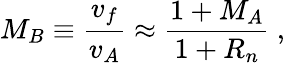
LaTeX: M_{B}\equiv\frac{v_{f}}{v_{A}}\approx\frac{1+M_{A}}{1+R_{n}}\ ,